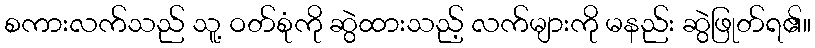
စကားလက်သည် သူ့ ဝတ်စုံကို ဆွဲထားသည့် လက်များကို မနည်း ဆွဲဖြုတ်ရ၏။